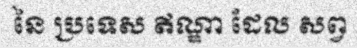
នៃ ប្រទេស ឥណ្ឌា ដែល សព្វ